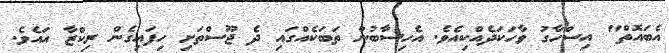
އެބައޮތް" އިސްހާގު ވާހަކަދެއްކިއެވެ. އެހިސާބުން ތަބަކެއްގައި ދެ ޖޫސްތަށި ހިފައިގެން ރިކްޒާ އައެވެ.